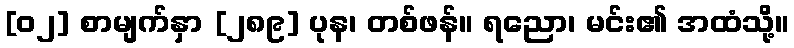
[၀၂] စာမျက်နှာ [၂၈၉] ပုန၊ တစ်ဖန်။ ရညော၊ မင်း၏ အထံသို့။